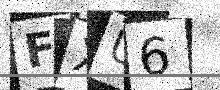
Text: FXU6